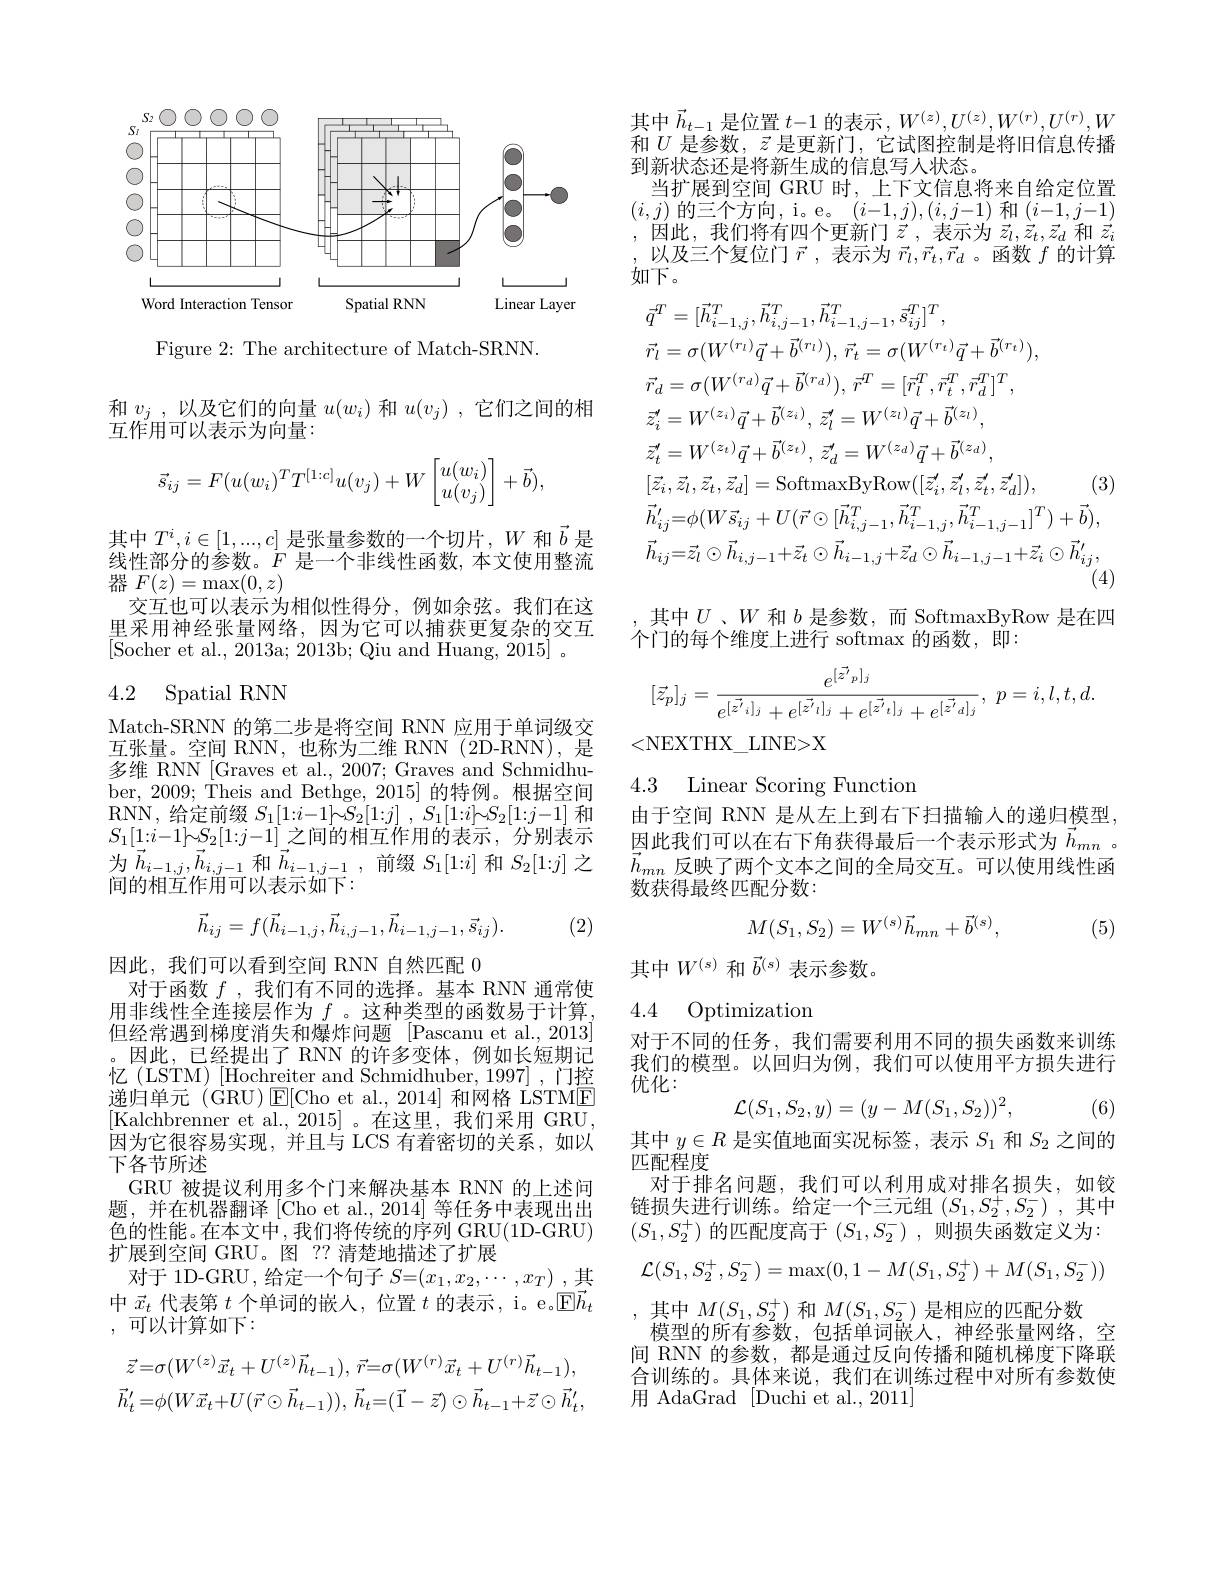
<FigureHere>

Figure 2: The architecture of Match-SRNN.

和$v_j$ ,以及它们的向量$u(w_i)$和$u( v_j)$ ,它们之间的相
互作用可以表示为向量：
$$\vec{s}_{ij}=F(u(w_i)^TT^{[1:c]}u(v_j)+W\begin{bmatrix}u(w_i)\\u(v_j)\end{bmatrix}+\vec{b}),$$
其中$T^i,i\in[1,...,c]$是张量参数的一个切片，$W$和$\vec{b}$是线性部分的参数。$\dot{F}$是一个非线性函数，本文使用整流器$F(z)=\max(0,z)$
交互也可以表示为相似性得分，例如余弦。我们在这里采用神经张量网络，因为它可以捕获更复杂的交互[Socher et al., 2013a; 2013b; Qiu and Huang, 2015]~。\:[\:]\:,\:2013a;~2013b;~Qiu~and~Huang,~2015]~,\:[\:]\:,\:[\:]\:,\:2013a;~2013b;~Qiu~and~Huang,~2015]~,\:[\:]\:,\:[\:]\:,\:]\:[\:]\:,\:2013a;~2013b;~Qiu~and~Huang,~2015]~,\:[\:]\:,\:]\:[\:]\:,\:]\:,\:[\:]\:,\:]\:,\:[\:]\:,\:]\:,\:[\:]\:,\:]\:,\:[\:

# 4.2 Spatial RNN

Match-SRNN 的第二步是将空间 RNN 应用于单词级交互张量。空间 RNN,也称为二维 RNN(2D-RNN),是多维 RNN [Graves et al., 2007; Graves and Schmidhuber, 2009; Theis and Bethge, 2015] 的特例。根据空间RNN, 给定前缀$S_1[ 1: i- 1] \bar{\mathcal{S} } _2[ 1: j]$ , $S_1[ 1: i] {\sim }S_2[ 1: j- 1]$和$S_{1}[1{:}i{-}1]{\sim}S_{2}[1{:}j{-}1]$之间的相互作用的表示，分别表示为$\vec{h}_{i-1,j},\vec{h}_{i,j-1}$ 和$\vec{h}_{i-1,j-1}$,前缀$S_1[1:i]$ 和$S_2[1:j]$ 之间的相互作用可以表示如下：
$$\vec{h}_{ij}=f(\vec{h}_{i-1,j},\vec{h}_{i,j-1},\vec{h}_{i-1,j-1},\vec{s}_{ij}).$$
(2)

因此，我们可以看到空间 RNN 自然匹配 0
对于函数$f$ ,我们有不同的选择。基本 RNN 通常使用非线性全连接层作为$f$ 。这种类型的函数易于计算但经常遇到梯度消失和爆炸问题 [Pascanu et al.,2013] 。因此，已经提出了 RNN 的许多变体，例如长短期记忆(LSTM)[Hochreiter and Schmidhuber, 1997],门控递归单元(GRU)$\operatorname{E}[$Cho et al.,2014]和网格 LSTME [Kalchbrenner et al.,2015]。在这里，我们采用 GRU 因为它很容易实现，并且与 LCS 有着密切的关系，如以下各节所述
GRU 被提议利用多个门来解决基本 RNN 的上述问题，并在机器翻译[Cho et al., 2014] 等任务中表现出出色的性能。在本文中，我们将传统的序列 GRU(1D-GRU) 扩展到空间 GRU。图 ?? 清楚地描述了扩展
对于 1D-GRU, 给定一个句子$S=(x_1,x_2,\cdots,x_T)$ ,其中$\vec{x}_t$代表第$t$个单词的嵌人，位置$t$的表示，i。e[ $E\vec{h} _t$ ,可以计算如下：
$$\vec{z}=\sigma(W^{(z)}\vec{x}_{t}+U^{(z)}\vec{h}_{t-1}),\:\vec{r}=\sigma(W^{(r)}\vec{x}_{t}+U^{(r)}\vec{h}_{t-1}),\\\vec{h}_{t}^{\prime}=\phi(W\vec{x}_{t}+U(\vec{r}\odot\vec{h}_{t-1})),\vec{h}_{t}=(\vec{1}-\vec{z})\odot\vec{h}_{t-1}+\vec{z}\odot\vec{h}_{t}^{\prime},$$
其中$\vec{h}_{t-1}$是位置$t-1$的表示$,W^{(z)},U^{(z)},W^{(r)},U^{(r)},W$ 和$U$是参数，$\vec{z}$是更新门，它试图控制是将旧信息传播到新状态还是将新生成的信息写人状态。
当扩展到空间 GRU 时，上下文信息将来自给定位置$(i,j)$ 的三个方向，i。e。$(i-1,j),(i,j-1)$ 和$(i-1,j-1)$ ,因此，我们将有四个更新门$\vec{z}$,表示为 $\vec{z}_l,\vec{z}_t,\vec{z}_d$ 和 $\vec{z}_i$ ,以及三个复位门$\vec{r}$,表示为$\vec{r}_l,\vec{r}_t,\vec{r}_d$ 。函数$f$的计算如下。
$$\begin{aligned}&\tilde{q}^{T}=[\vec{h}_{i-1,j}^{T},\vec{h}_{i,j-1}^{T},\vec{h}_{i-1,j-1}^{T},\vec{s}_{ij}^{T}]^{T},\\&\vec{r}_{l}=\sigma(W^{(r_{l})}\vec{q}+\vec{b}^{(r_{l})}),\:\vec{r}_{t}=\sigma(W^{(r_{t})}\vec{q}+\vec{b}^{(r_{t})}),\\&\vec{r}_{d}=\sigma(W^{(r_{d})}\vec{q}+\vec{b}^{(r_{d})}),\:\vec{r}^{T}=[\vec{r}_{l}^{T},\vec{r}_{t}^{T},\vec{r}_{d}^{T}]^{T},\\&\vec{z}_{i}^{\prime}=W^{(z_{l})}\vec{q}+\vec{b}^{(z_{l})},\:\vec{z}_{l}^{\prime}=W^{(z_{l})}\vec{q}+\vec{b}^{(z_{l})},\\&\vec{z}_{t}^{\prime}=W^{(z_{l})}\vec{q}+\vec{b}^{(z_{l})},\:\vec{z}_{d}^{\prime}=W^{(z_{d})}\vec{q}+\vec{b}^{(z_{d})},\\&[\vec{z}_{i},\vec{z}_{l},\vec{z}_{t},\vec{z}_{d}]=\mathrm{SoftmaxByRow}([\vec{z}_{i}^{\prime},\vec{z}_{l}^{\prime},\vec{z}_{l}^{\prime},\vec{z}_{d}^{\prime}]),\quad(3)\\&\vec{h}_{ij}^{\prime}=\phi(W\vec{s}_{ij}+U(\vec{r}\odot[\vec{h}_{i,j-1}^{T},\vec{h}_{i-1,j}^{T},\vec{h}_{i-1,j-1}^{T}]^{T})+\vec{b}),\\&\vec{h}_{ij}=\vec{z}_{l}\odot\vec{h}_{i,j-1}+\vec{z}_{t}\odot\vec{h}_{i-1,j}+\vec{z}_{d}\odot\vec{h}_{i-1,j-1}+\vec{z}_{i}\odot\vec{h}_{ij}^{\prime},\\&&\text{(4)}\end{aligned}$$
其中$U$ 、$W$和$b$是参数，而 SoftmaxByRow 是在四
个门的每个维度上进行 softmax 的函数，即：
$$[\vec{z}_{p}]_{j}=\frac{e^{[\vec{z'}_{p}]_{j}}}{e^{[\vec{z'}_{i}]_{j}}+e^{[\vec{z'}_{l}]_{j}}+e^{[\vec{z'}_{t}]_{j}}+e^{[\vec{z'}_{d}]_{j}}},\:p=i,l,t,d.$$
<NEXTHX\_LINE>X

4.3 Linear Scoring Functiom

由于空间 RNN 是从左上到右下扫描输入的递归模型， 因此我们可以在右下角获得最后一个表示形式为$\vec{h}_{mn}$ 。$\vec{h}_{mn}$反映了两个文本之间的全局交互。可以使用线性函数获得最终匹配分数：
$$M(S_1,S_2)=W^{(s)}\vec{h}_{mn}+\vec{b}^{(s)},$$
(5)

其中$W^{(s)}$和$\vec{b}^{(s)}$表示参数。

### 4.4 Optimization

对于不同的任务，我们需要利用不同的损失函数来训练我们的模型。以回归为例，我们可以使用平方损失进行优化：
$$\mathcal{L}(S_1,S_2,y)=(y-M(S_1,S_2))^2,$$
(6)

其中$y\in R$是实值地面实况标签，表示$S_1$和$S_2$之间的
匹配程度
对于排名问题，我们可以利用成对排名损失，如铰链损失进行训练。给定一个三元组$(S_1,S_2^+,S_2^-)$ ,其中$(S_1,S_2^+)$的匹配度高于$(S_1,S_2^-)$,则损失函数定义为：
$$\mathcal{L}(S_1,S_2^+,S_2^-)=\max(0,1-M(S_1,S_2^+)+M(S_1,S_2^-))$$
其中$M(S_1,S_2^+)$和$M(S_1,S_2^-)$是相应的匹配分数
模型的所有参数，包括单词嵌人，神经张量网络，空间 RNN 的参数，都是通过反向传播和随机梯度下降联合训练的。具体来说，我们在训练过程中对所有参数使用 AdaGrad [Duchi et al., 2011]